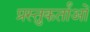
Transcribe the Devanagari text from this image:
प्रस्तुकर्तांओं